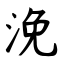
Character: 浼